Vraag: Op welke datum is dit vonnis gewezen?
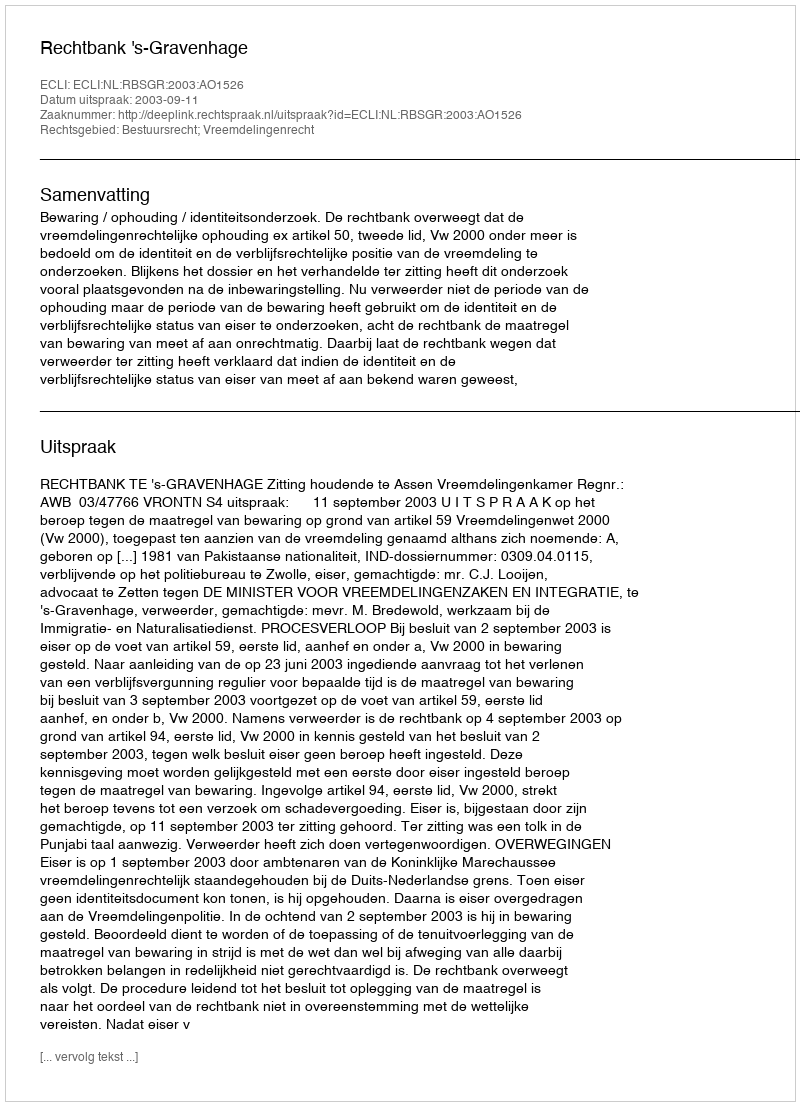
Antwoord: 2003-09-11